Report of the Municipal Commissioner on the plague in Bombay for the year ending 31st May... - Volume 3
Disease focus: Plague
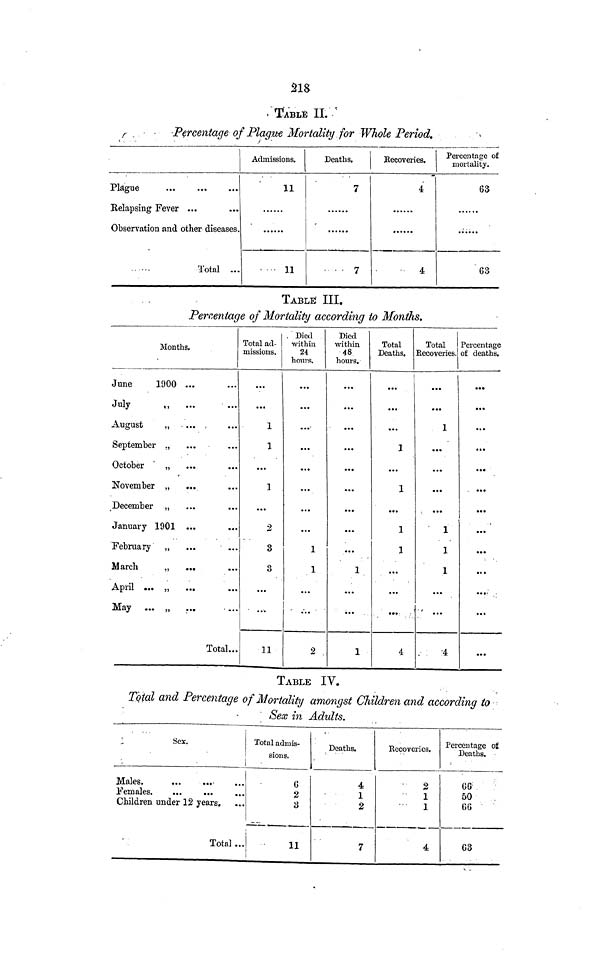
218
TABLE
II.
Percentage of Plague Mortality for Whole Period.
Plague
Relapsing Fever ...
Observation and other diseases.
Total ...
Admissions.
11
11
Deaths.
7
... 7
Recoveries.
4
4
Percentage of
mortality.
63
63
TABLE III.
Percentage of Mortality according to Months.
Months.
June
1900 ...
July
August
„ . ... .
September .,
October ' „
November „
December „
January 1901
February „
March
„
...
April ... „
May ... „
...
Total...
Total ad-
missions.
...
...
1
1
...
1
...
2
3
3
...
...
11
. Died
within
24
hours.
...
...
...
...
...
...
...
...
1
1
...
,
2
Died
within
48
hours.
...
...
...
...
...
...
...
...
...
1
...
...
1
Total
Deaths.
...
...
• • •
1
• • •
1
...
1
1
...
...
...
4
Total
Recoveries.
...
...
1
...
...
...
.
1
1
1
...
* ...
•4
Percentage
of deaths.
...
...
...
...
...
...
...
...
• •*
...
..»•
...
...
TABLE IV.
Total and Percentage of Mortality amongst Children and according to
Sex in Adults.
Sex.
-
Males.
•
Females.
Children under 12 years.
Total ...
Total admis-
sions.
6
2
3
11
Deaths.
4
1
2
7
Becoveries.
2
1
1
4
Percentage of
Deaths.
66'
50
66
63